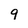
Character: 9